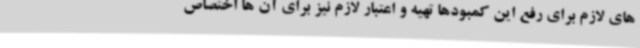
های لازم برای رفع این کمبودها تهیه و اعتبار لازم نیز برای آن ها اختصاص